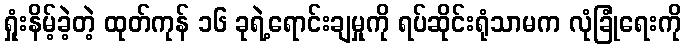
ရှုံးနိမ့်ခဲ့တဲ့ ထုတ်ကုန် ၁၆ ခုရဲ့ရောင်းချမှုကို ရပ်ဆိုင်းရုံသာမက လုံခြုံရေးကို